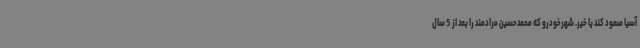
آسیا صعود کند یا خیر. شهرخودرو که محمدحسین مرادمند را بعد از 5 سال